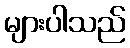
များပါသည်